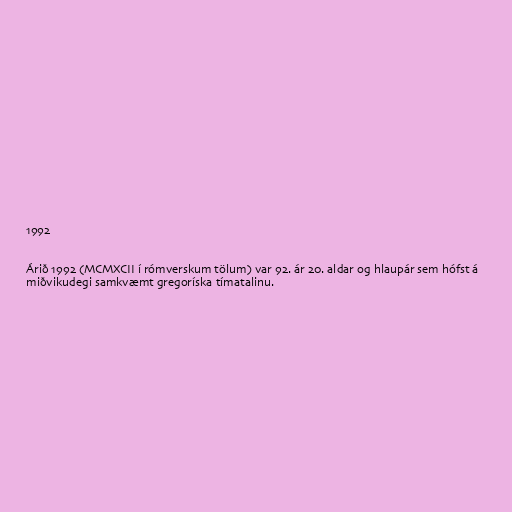
1992

Árið 1992 (MCMXCII í rómverskum tölum) var 92. ár 20. aldar og hlaupár sem hófst á
miðvikudegi samkvæmt gregoríska tímatalinu.